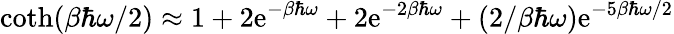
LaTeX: \coth(\beta\hbar\omega/2)\approx1+2\mathrm{e}^{-\beta\hbar\omega}+2\mathrm{e}^{-2\beta\hbar\omega}+(2/\beta\hbar\omega)\mathrm{e}^{-5\beta\hbar\omega/2}